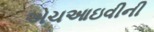
એચઆઇવીની